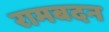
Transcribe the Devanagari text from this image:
रामबदन